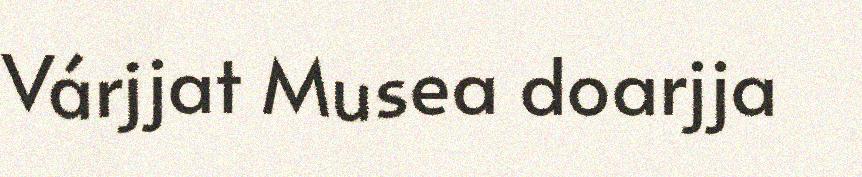
Várjjat Musea doarjja